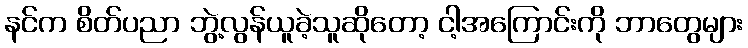
နင်က စိတ်ပညာ ဘွဲ့လွန်ယူခဲ့သူဆိုတော့ ငါ့အကြောင်းကို ဘာတွေများ